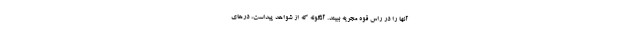
آنها را در راس قوه مجریه ببیند. آنگونه که از شواهد پیداست، درهای